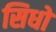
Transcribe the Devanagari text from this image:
सिधो